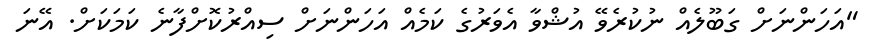
"އަހަންނަށް ގަބޫލެއް ނުކުރެވޭ އުޝްވާ އެވަރުގެ ކަމެއް އަހަންނަށް ސިއްރުކޮށްފާނެ ކަމަކަށް. އޭނަ